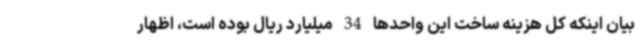
بیان اینکه کل هزینه ساخت این واحدها 34 میلیارد ریال بوده است، اظهار